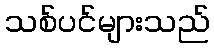
သစ်ပင်များသည်